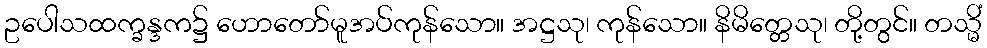
ဥပေါသထက္ခန္ဒက၌ ဟောတော်မူအပ်ကုန်သော။ အဋ္ဌသု၊ ကုန်သော။ နိမိတ္တေသု၊ တို့တွင်။ တသ္မိံ